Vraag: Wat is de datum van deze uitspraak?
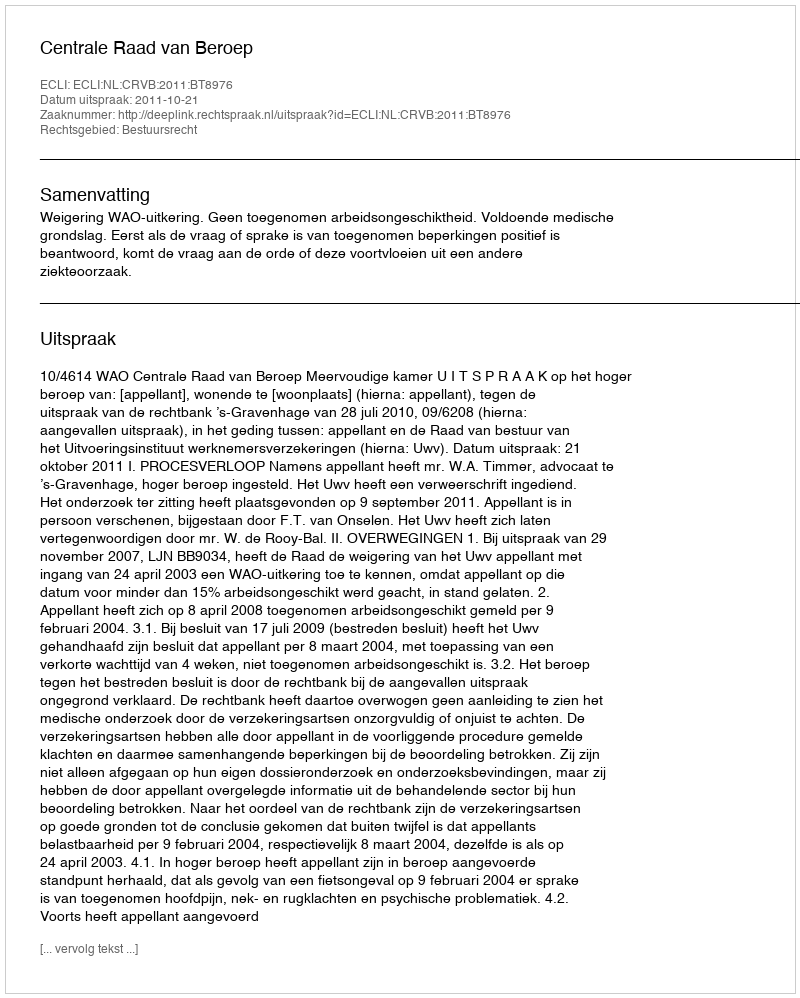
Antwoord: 2011-10-21